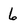
Character: 6